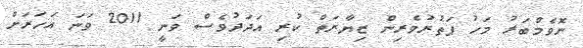
ނޮވެމްބަރު މަހު ފަތުރުވެރިން ޒިޔާރަތް ކުރި އަދަދުވެސް ވަނީ 2011 ވަނަ އަހަރަށް